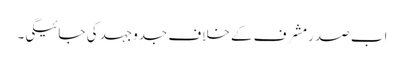
اب صدرمشرف کے خلاف جدوجہد کی جائیگی۔